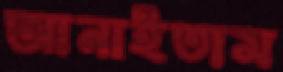
আনাইতাম